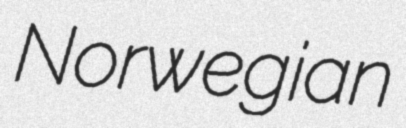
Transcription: Norwegian